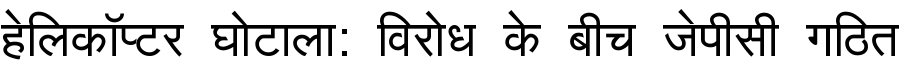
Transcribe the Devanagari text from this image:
हेलिकॉप्टर घोटाला: विरोध के बीच जेपीसी गठित